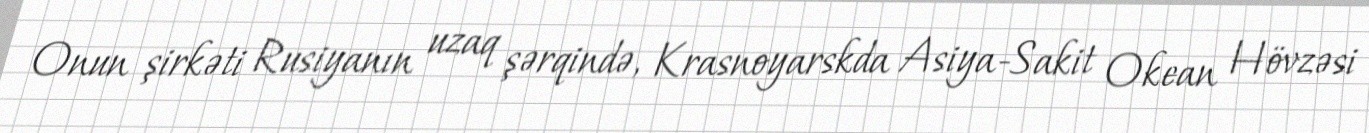
Onun şirkəti Rusiyanın uzaq şərqində, Krasnoyarskda Asiya-Sakit Okean Hövzəsi